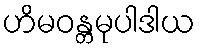
ဟိမဝန္တမုပါဒါယ